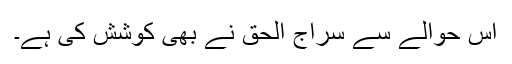
اس حوالے سے سراج الحق نے بھی کوشش کی ہے۔